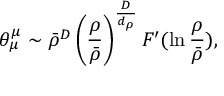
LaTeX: \theta _ { \mu } ^ { \mu } \sim \bar { \rho } ^ { D } \left( \frac { \rho } { \bar { \rho } } \right) ^ { \frac { D } { d _ { \rho } } } F ^ { \prime } ( \ln \frac { \rho } { \bar { \rho } } ) ,